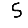
Digit: 5